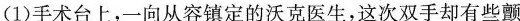
(1)手术台上，一向从容镇定的沃克医生，这次双手却有些颤